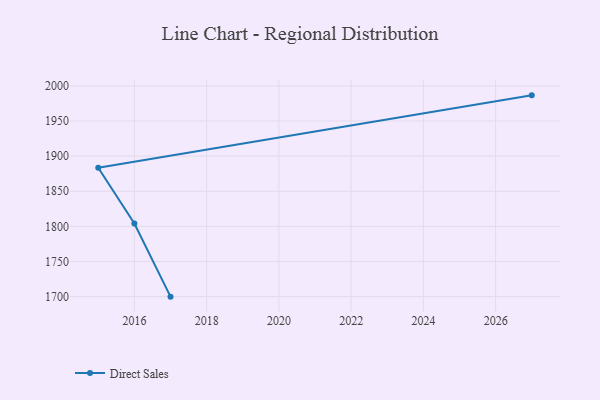
{"axis": {"x": "Year", "y": "Waste Production (Tons)"}, "legend": ["Direct Sales"], "data": [{"x": "2027", "y": 1986.6, "type": "Direct Sales"}, {"x": "2015", "y": 1883.6, "type": "Direct Sales"}, {"x": "2016", "y": 1804.0, "type": "Direct Sales"}, {"x": "2017", "y": 1699.9, "type": "Direct Sales"}]}